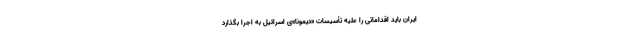
ایران باید اقداماتی را علیه تأسیسات «دیمونا»ی اسرائیل به اجرا بگذارد